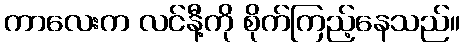
ကာလေးက လင်နီ့ကို စိုက်ကြည့်နေသည်။